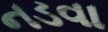
નડવા